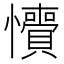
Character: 𢥎